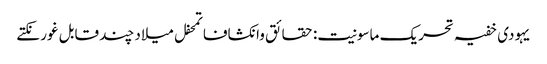
یہودی خفیہ تحریک ماسونیت: حقائق وانکشافاتمحفل میلاد چند قابل غور نکتے